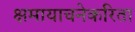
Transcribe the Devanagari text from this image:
क्षमायाचनेकरिता